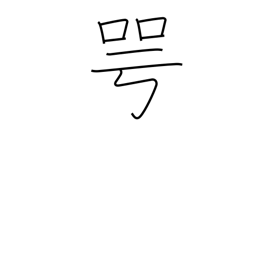
Meaning: outspokenly